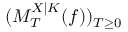
( M _ { T } ^ { X | K } ( f ) ) _ { T \geq 0 }